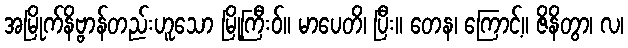
အမြိုက်နိဗ္ဗာန်တည်းဟူသော မြို့ကြီးဝ်။ မာပေတိ၊ ပြီး။ တေန၊ ကြောင့်။ ဇိနိတွာ၊ လ၊